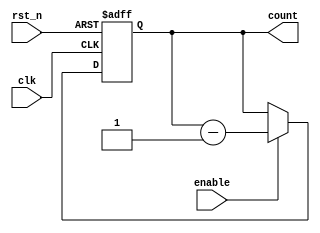
module binary_down_counter (
    input wire clk,
    input wire rst_n,
    input wire enable,
    output reg[3:0] count
);

always @ (posedge clk or negedge rst_n) begin
    if (~rst_n) begin
        count <= 4'b1111; // Initial value
    end else if (enable) begin
        count <= count - 1;
    end
end

endmodule